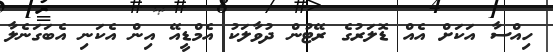
ހިއްސާ އަކަށް އެއް ޑޮލަރުގެ ރޭޓުން ދުވާލަކު އެމްޑީއޭ އިން އެކަނި އެބަގަނެލާ